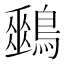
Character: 𪅈